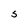
Character: S